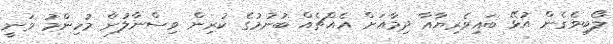
ލޯބިވެގެން އުޅޭ ބައިވެރިޔާއާ ދިމާއަށް އެއްޗެއް ބުނުމުގެ ކުރިން ވިސްނާލުން މުހިންމު ވަނީ